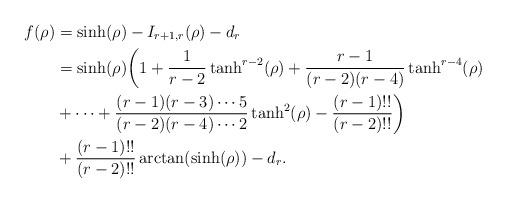
LaTeX: \begin{align*}f(\rho) & = \sinh(\rho)-I_{r+1,r}(\rho)-d_r \\& = \sinh(\rho)\biggl(1+\frac{1}{r-2}\tanh^{r-2}(\rho)+\frac{r-1}{(r-2)(r-4)}\tanh^{r-4}(\rho) \\& +\dots+\frac{(r-1)(r-3)\cdots 5}{(r-2)(r-4)\cdots 2}\tanh^2(\rho)-\frac{(r-1)!!}{(r-2)!!}\biggr) \\& +\frac{(r-1)!!}{(r-2)!!}\arctan(\sinh(\rho))-d_r.\end{align*}